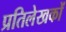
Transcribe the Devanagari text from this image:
प्रतिलेखकों